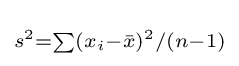
\scriptstyle {s^{2}=\sum (x_{i}-{\bar {x}})^{2}/(n-1)}